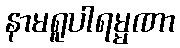
နာမရူပါရမ္မဏာ